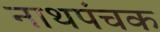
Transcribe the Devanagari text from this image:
नाथपंचक